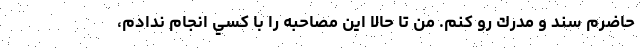
حاضرم سند و مدرك رو كنم. من تا حالا اين مصاحبه را با كسي انجام ندادم،